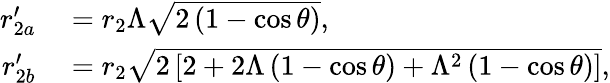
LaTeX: \begin{array}{rl}{r_{2a}^{\prime}}&{{}=r_{2}\Lambda\sqrt{2\left(1-\cos\theta\right)},}\\ {r_{2b}^{\prime}}&{{}=r_{2}\sqrt{2\left[2+2\Lambda\left(1-\cos\theta\right)+\Lambda^{2}\left(1-\cos\theta\right)\right]},}\end{array}